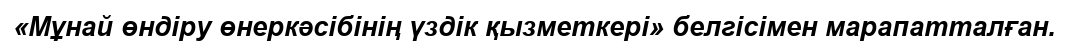
«Мұнай өндіру өнеркәсібінің үздік қызметкері» белгісімен марапатталған.